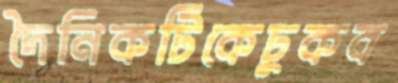
দৈনিকটিকেঢুকব